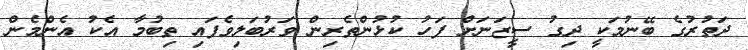
ދަތުރުގެ ބޭނުމަކީ ދިގު ސީޒަނަށް ފަހު ކުޅުންތެރިން ވަރުބަލިވެފައި ތިބުމާ އެކު އެންމެން